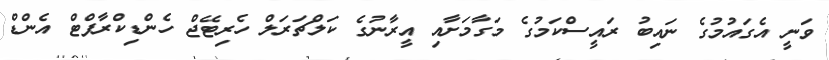
ވަނީ އެގައުމުގެ ނައިބު ރައީސްކަމުގެ މަގާމަށާއި އީރާނުގެ ކަލްޗަރަލް ހެރިޓޭޖް ހެންޑިކްރާފްޓް އެންޑް